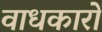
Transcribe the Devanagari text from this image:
वाधकारों